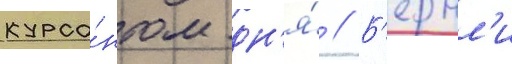
курса́нтом дн'я́ // Б'ернл'и